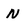
Character: N